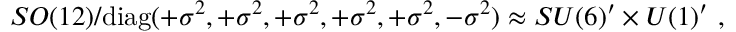
S O ( 1 2 ) / \mathrm { d i a g } ( + \sigma ^ { 2 } , + \sigma ^ { 2 } , + \sigma ^ { 2 } , + \sigma ^ { 2 } , + \sigma ^ { 2 } , - \sigma ^ { 2 } ) \approx S U ( 6 ) ^ { \prime } \times U ( 1 ) ^ { \prime } ~ , ~ \,